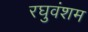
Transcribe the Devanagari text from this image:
रघुवंशम